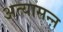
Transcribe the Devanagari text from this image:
अत्यासन्ऩ